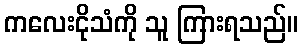
ကလေးငိုသံကို သူ ကြားရသည်။